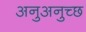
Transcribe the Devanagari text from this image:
अनुअनुच्छ